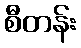
စီတန်း